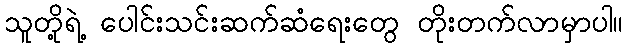
သူတို့ရဲ့ ပေါင်းသင်းဆက်ဆံရေးတွေ တိုးတက်လာမှာပါ။